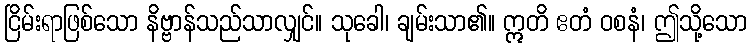
ငြိမ်းရာဖြစ်သော နိဗ္ဗာန်သည်သာလျှင်။ သုခေါ၊ ချမ်းသာ၏။ ဣတိ ဧတံ ဝစနံ၊ ဤသို့သော